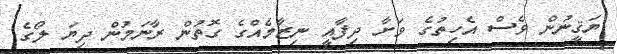
ޔަޤީނުން ވެސް އެހިތުގެ ވަށާ ދިފާއީ ނިޒާމެއްގެ ގޮތުން ރާނަމުން ދިޔަ ލޯގެ